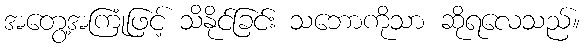
အတွေ့အကြုံဖြင့် သိနိုင်ခြင်း သဘောကိုသာ ဆိုရလေသည်။